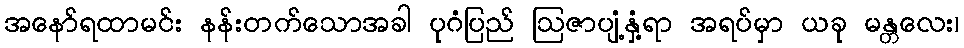
အနော်ရထာမင်း နန်းတက်သောအခါ ပုဂံပြည် ဩဇာပျံ့နှံ့ရာ အရပ်မှာ ယခု မန္တလေး၊